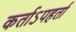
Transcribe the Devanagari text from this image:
कर्ताऽपहर्ता